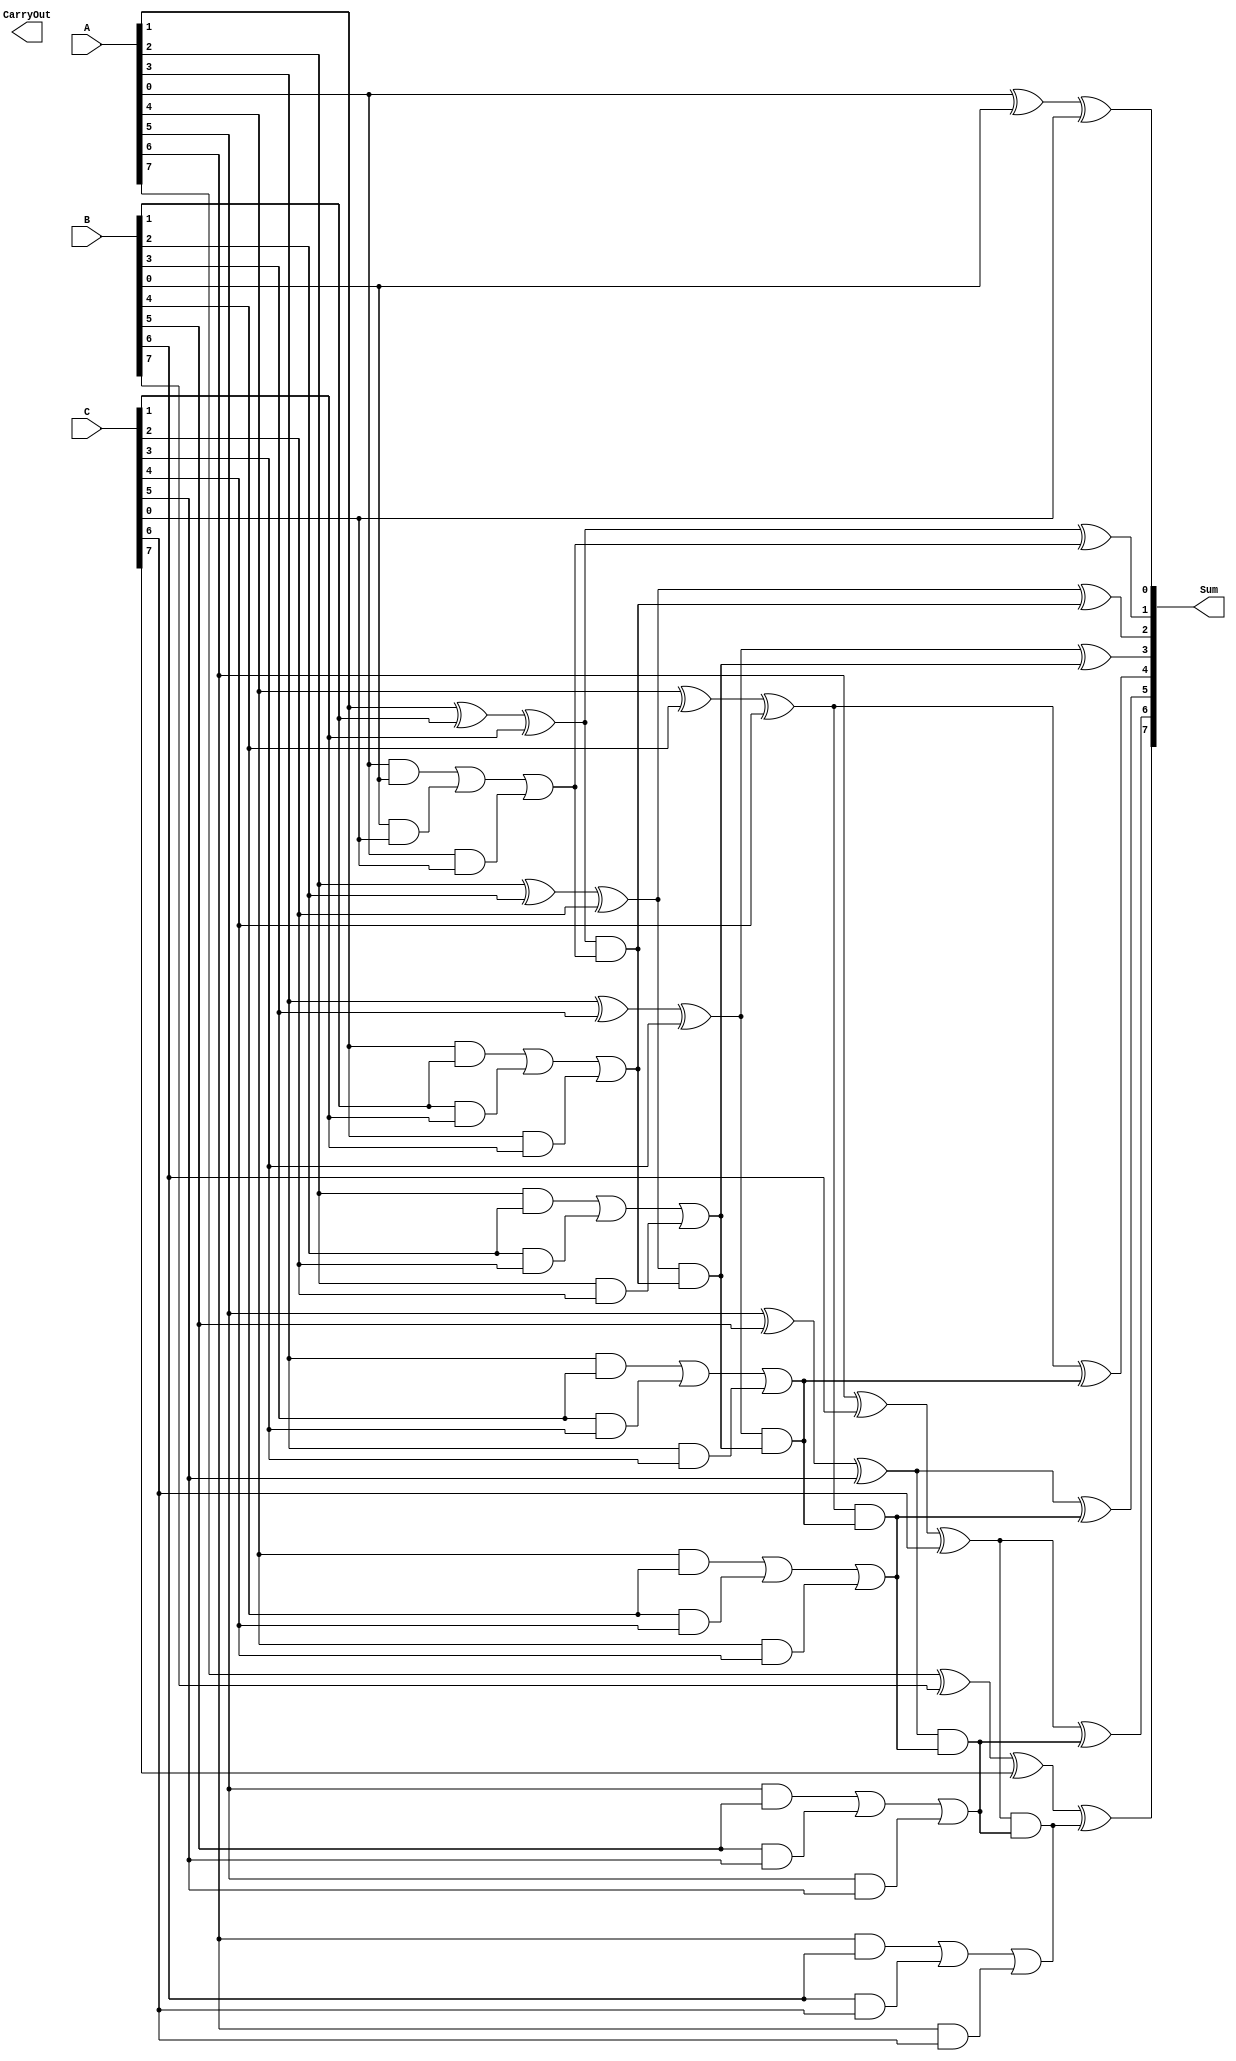
module carry_save_adder #(
    parameter N = 8  // Bit-width of the operands
)(
    input [N-1:0] A,  // First operand
    input [N-1:0] B,  // Second operand
    input [N-1:0] C,  // Third operand
    output [N-1:0] Sum,  // Final sum output
    output CarryOut  // Carry out bit
);

    wire [N-1:0] sum;    // Intermediate sum bits from CSA
    wire [N-1:0] carry;   // Intermediate carry bits from CSA
    wire [N:0] final_sum; // Final sum including carry propagation

    // Carry Save Logic
    genvar i;
    generate
        for (i = 0; i < N; i = i + 1) begin : csa_logic
            assign sum[i] = A[i] ^ B[i] ^ C[i]; // Sum bit
            assign carry[i] = (A[i] & B[i]) | (B[i] & C[i]) | (A[i] & C[i]); // Carry bit
        end
    endgenerate

    // Carry Propagation Logic using Ripple Carry Adder
    assign final_sum[0] = sum[0]; // First bit of sum
    assign CarryOut = final_sum[N]; // Final carry out

    // Full Adder for carry propagation
    generate
        for (i = 1; i < N; i = i + 1) begin : rca_logic
            wire temp_carry;
            assign temp_carry = carry[i-1]; // Previous carry
            assign final_sum[i] = sum[i] ^ temp_carry; // Sum bit with carry
            assign carry[i] = (sum[i] & temp_carry); // New carry
        end
    endgenerate

    // Assign final sum output
    assign Sum = final_sum[N-1:0];

endmodule